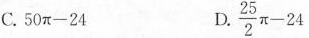
C.$$50π - 24 $$ D. $$\frac{25}{2}\π - 24 $$